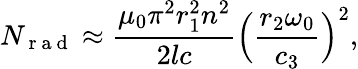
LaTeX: N_{\mathrm{~r~a~d~}}\approx\frac{\mu_{0}\pi^{2}r_{1}^{2}n^{2}}{2lc}\Big(\frac{r_{2}\omega_{0}}{c_{3}}\Big)^{2},